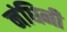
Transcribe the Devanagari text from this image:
नंधिनी